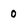
Character: 0